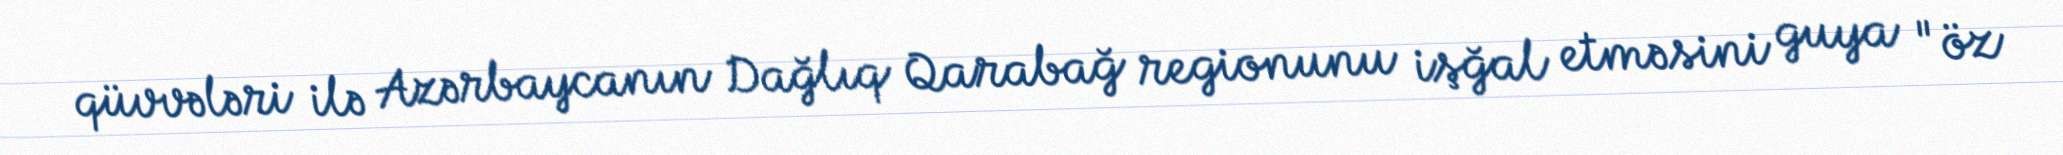
qüvvələri ilə Azərbaycanın Dağlıq Qarabağ regionunu işğal etməsini guya "öz